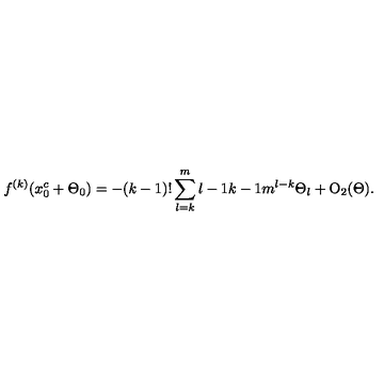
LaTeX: f ^ { ( k ) } ( x _ { 0 } ^ { c } + \Theta _ { 0 } ) = - ( k - 1 ) ! \sum _ { l = k } ^ { m } { \binom { l - 1 } { k - 1 } } m ^ { l - k } \Theta _ { l } + { \mathrm { O } } _ { 2 } ( \Theta ) .